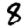
Digit: 8